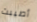
أصيبت